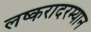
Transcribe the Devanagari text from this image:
लष्करादरम्यान